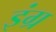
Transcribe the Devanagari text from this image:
इंग्र